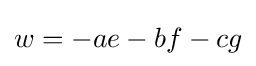
w=-ae-bf-cg